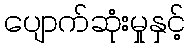
ပျောက်ဆုံးမှုနှင့်